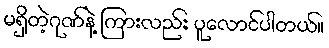
မရှိတဲ့ဂုဏ်နဲ့ ကြားလည်း ပူလောင်ပါတယ်။